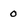
Character: o